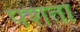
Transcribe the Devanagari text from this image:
पशतो